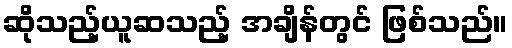
ဆိုသည့်ယူဆသည့် အချိန်တွင် ဖြစ်သည်။